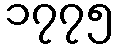
၁၇၇၅